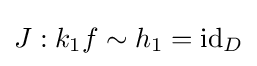
J:k_{1}f\sim h_{1}=\operatorname {id} _{D}